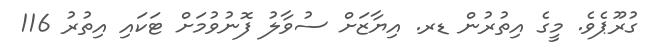
ގުރޫޕެވެ. މީގެ އިތުރުން ޑރ. އިޔާޒަށް ސުވާލު ފޮނުވުމަށް ޓަކައި އިތުރު 116